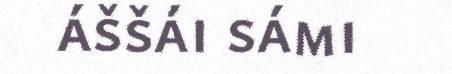
áššái sámi